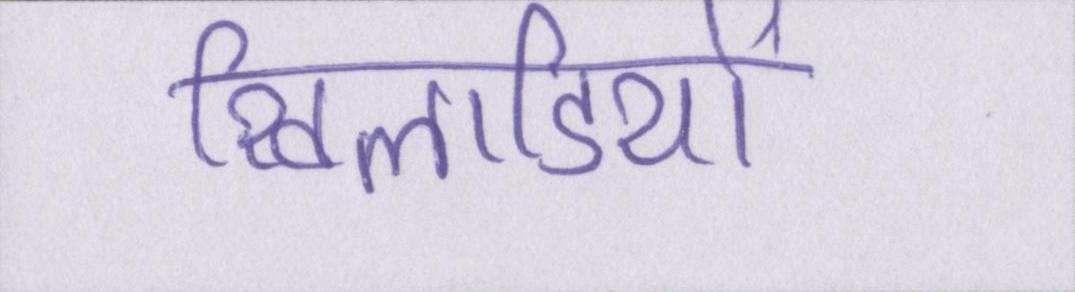
खिलाडियों